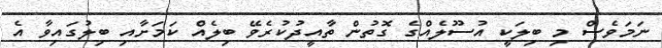
ނަމަވެސް މި ބިލަކީ އުސޫލެއްގެ ގޮތުން ތާއީދުކުރެވޭ ބިލެއް ކަމަށާއި ބިލުގައިވާ އެ